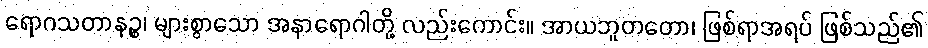
ရောဂသတာနဉ္စ၊ များစွာသော အနာရောဂါတို့ လည်းကောင်း။ အာယဘူတတော၊ ဖြစ်ရာအရပ် ဖြစ်သည်၏